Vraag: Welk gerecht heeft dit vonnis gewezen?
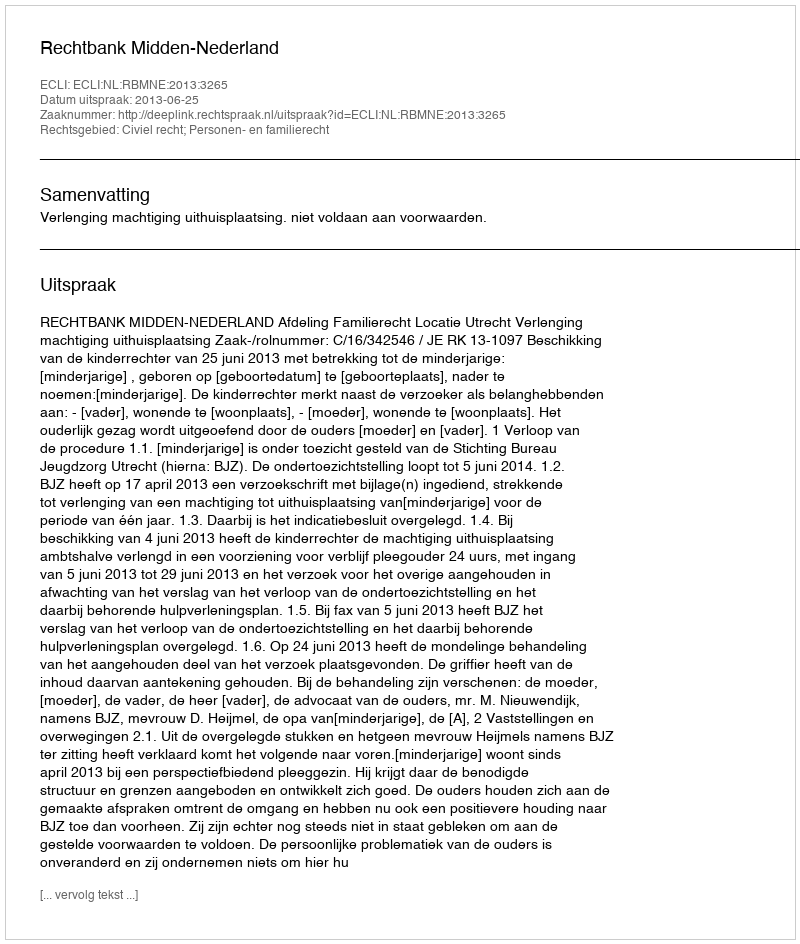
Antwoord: Rechtbank Midden-Nederland